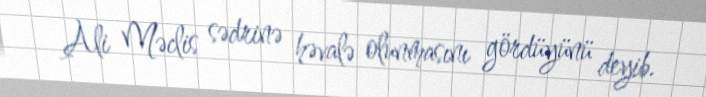
Ali Məclis sədrinə həvalə olunmasını gördüyünü deyib.